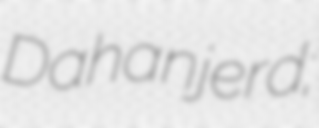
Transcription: Dahanjerd;